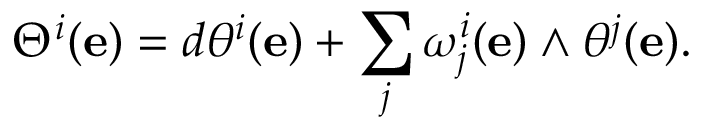
\Theta ^ { i } ( \mathbf { e } ) = d \theta ^ { i } ( \mathbf { e } ) + \sum _ { j } \omega _ { j } ^ { i } ( \mathbf { e } ) \wedge \theta ^ { j } ( \mathbf { e } ) .